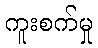
ကူးစက်မှု